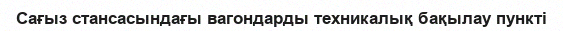
Сағыз стансасындағы вагондарды техникалық бақылау пункті